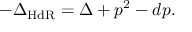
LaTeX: - \Delta _ { \mathrm { H d R } } = \Delta + p ^ { 2 } - d p .